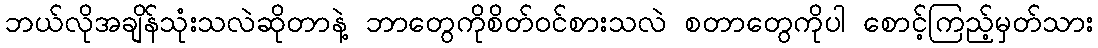
ဘယ်လိုအချိန်သုံးသလဲဆိုတာနဲ့ ဘာတွေကိုစိတ်ဝင်စားသလဲ စတာတွေကိုပါ စောင့်ကြည့်မှတ်သား